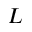
L